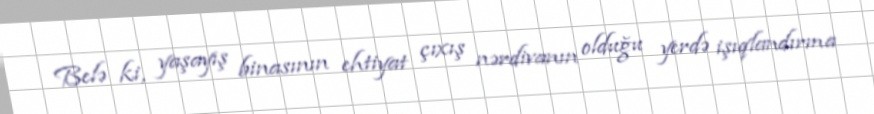
Belə ki, yaşayış binasının ehtiyat çıxış nərdivanın olduğu yerdə işıqlandırma